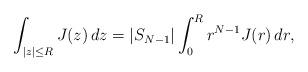
LaTeX: \begin{align*}\int _{\vert z\vert \leq R}J(z)\,dz=\vert S_{N-1}\vert \int _0^R r^{N-1}J(r)\,dr,\end{align*}